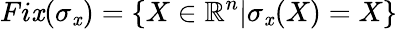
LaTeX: Fi\mathit{x}(\sigma_{\mathit{x}})=\{ X\in\mathbb{{R}}^{n}|\sigma_{\mathit{x}}(X)=X\}